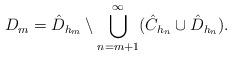
LaTeX: \begin{align*}D_m = \hat{D}_{h_m} \setminus \bigcup_{n=m+1}^{\infty} ( \hat{C}_{h_n} \cup \hat{D}_{h_n} ) . \end{align*}